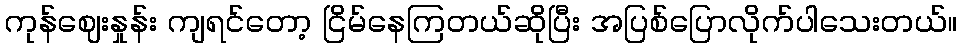
ကုန်ဈေးနှုန်း ကျရင်တော့ ငြိမ်နေကြတယ်ဆိုပြီး အပြစ်ပြောလိုက်ပါသေးတယ်။